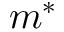
m ^ { * }